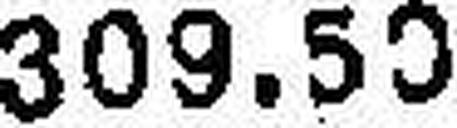
309.50